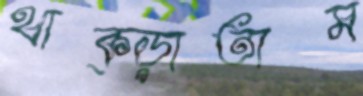
থাক্‌ড়াতাম